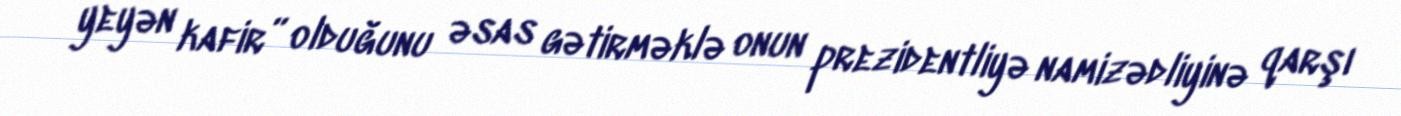
yeyən kafir” olduğunu əsas gətirməklə onun prezidentliyə namizədliyinə qarşı